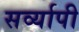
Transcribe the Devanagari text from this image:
सर्व्यापी